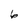
Character: 6